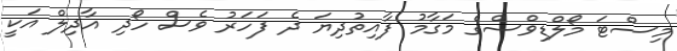
މިސްޓަ މޯލްޑިވްސްގެ މަގާމު ފާއިތުދިޔަ ދެ ފަހަރު ވެސް ހޯދި އާދިލް އަކީ